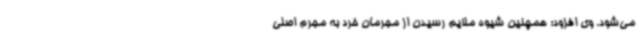
می‌شود. وی افزود: همچنین شیوه ملایم رسیدن از مجرمان خرد به مجرم اصلی